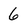
Character: 6